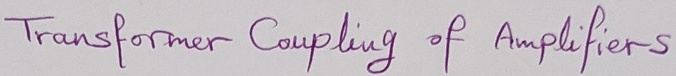
Text: Transformer Coupling of Amplifiers